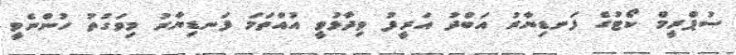
ސުޕްރީމް ކޯޓުގެ ފަނޑިޔާރު އަބްދު އަރީފު ވިދާޅުވީ އުއްތަމަ ފަނޑިޔާރު މިވަގުތު ހުންނެވީ